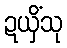
ဍယှိံသု